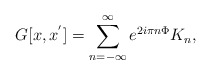
\begin{align*}G[x,x^{'}] = \sum_{n=-\infty}^{\infty} e^{2i\pi n \Phi} K_n,\end{align*}